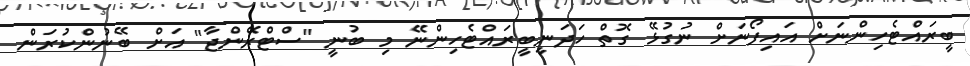
ބީރައްޓެހިންނަށް އައިފޯނަށް ނުގުޅޭ ގޮތް ހަދަނީބީރައްޓެހިންނޭ މި ބުނީ "ސްޓްރޭންޖާ" އަށް ބޭނުންކުރަން